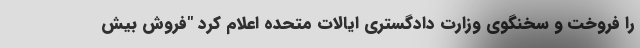
را فروخت و سخنگوی وزارت دادگستری ایالات متحده اعلام کرد "فروش بیش